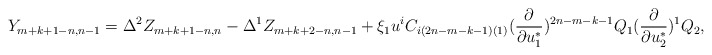
\begin{align*}Y_{m+k+1-n,n-1}=\Delta^2Z_{m+k+1-n,n}-\Delta^1Z_{m+k+2-n,n-1}+\xi_1u^iC_{i(2n-m-k-1)(1)}({\partial\over\partial u^*_1})^{2n-m-k-1}Q_1({\partial\over\partial u^*_2})^1Q_2,\end{align*}